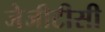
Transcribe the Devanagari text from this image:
जेजीटीसी